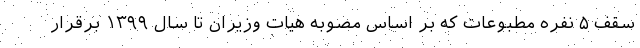
سقف ۵ نفره مطبوعات که بر اساس مصوبه هیات وزیران تا سال ۱۳۹۹ برقرار